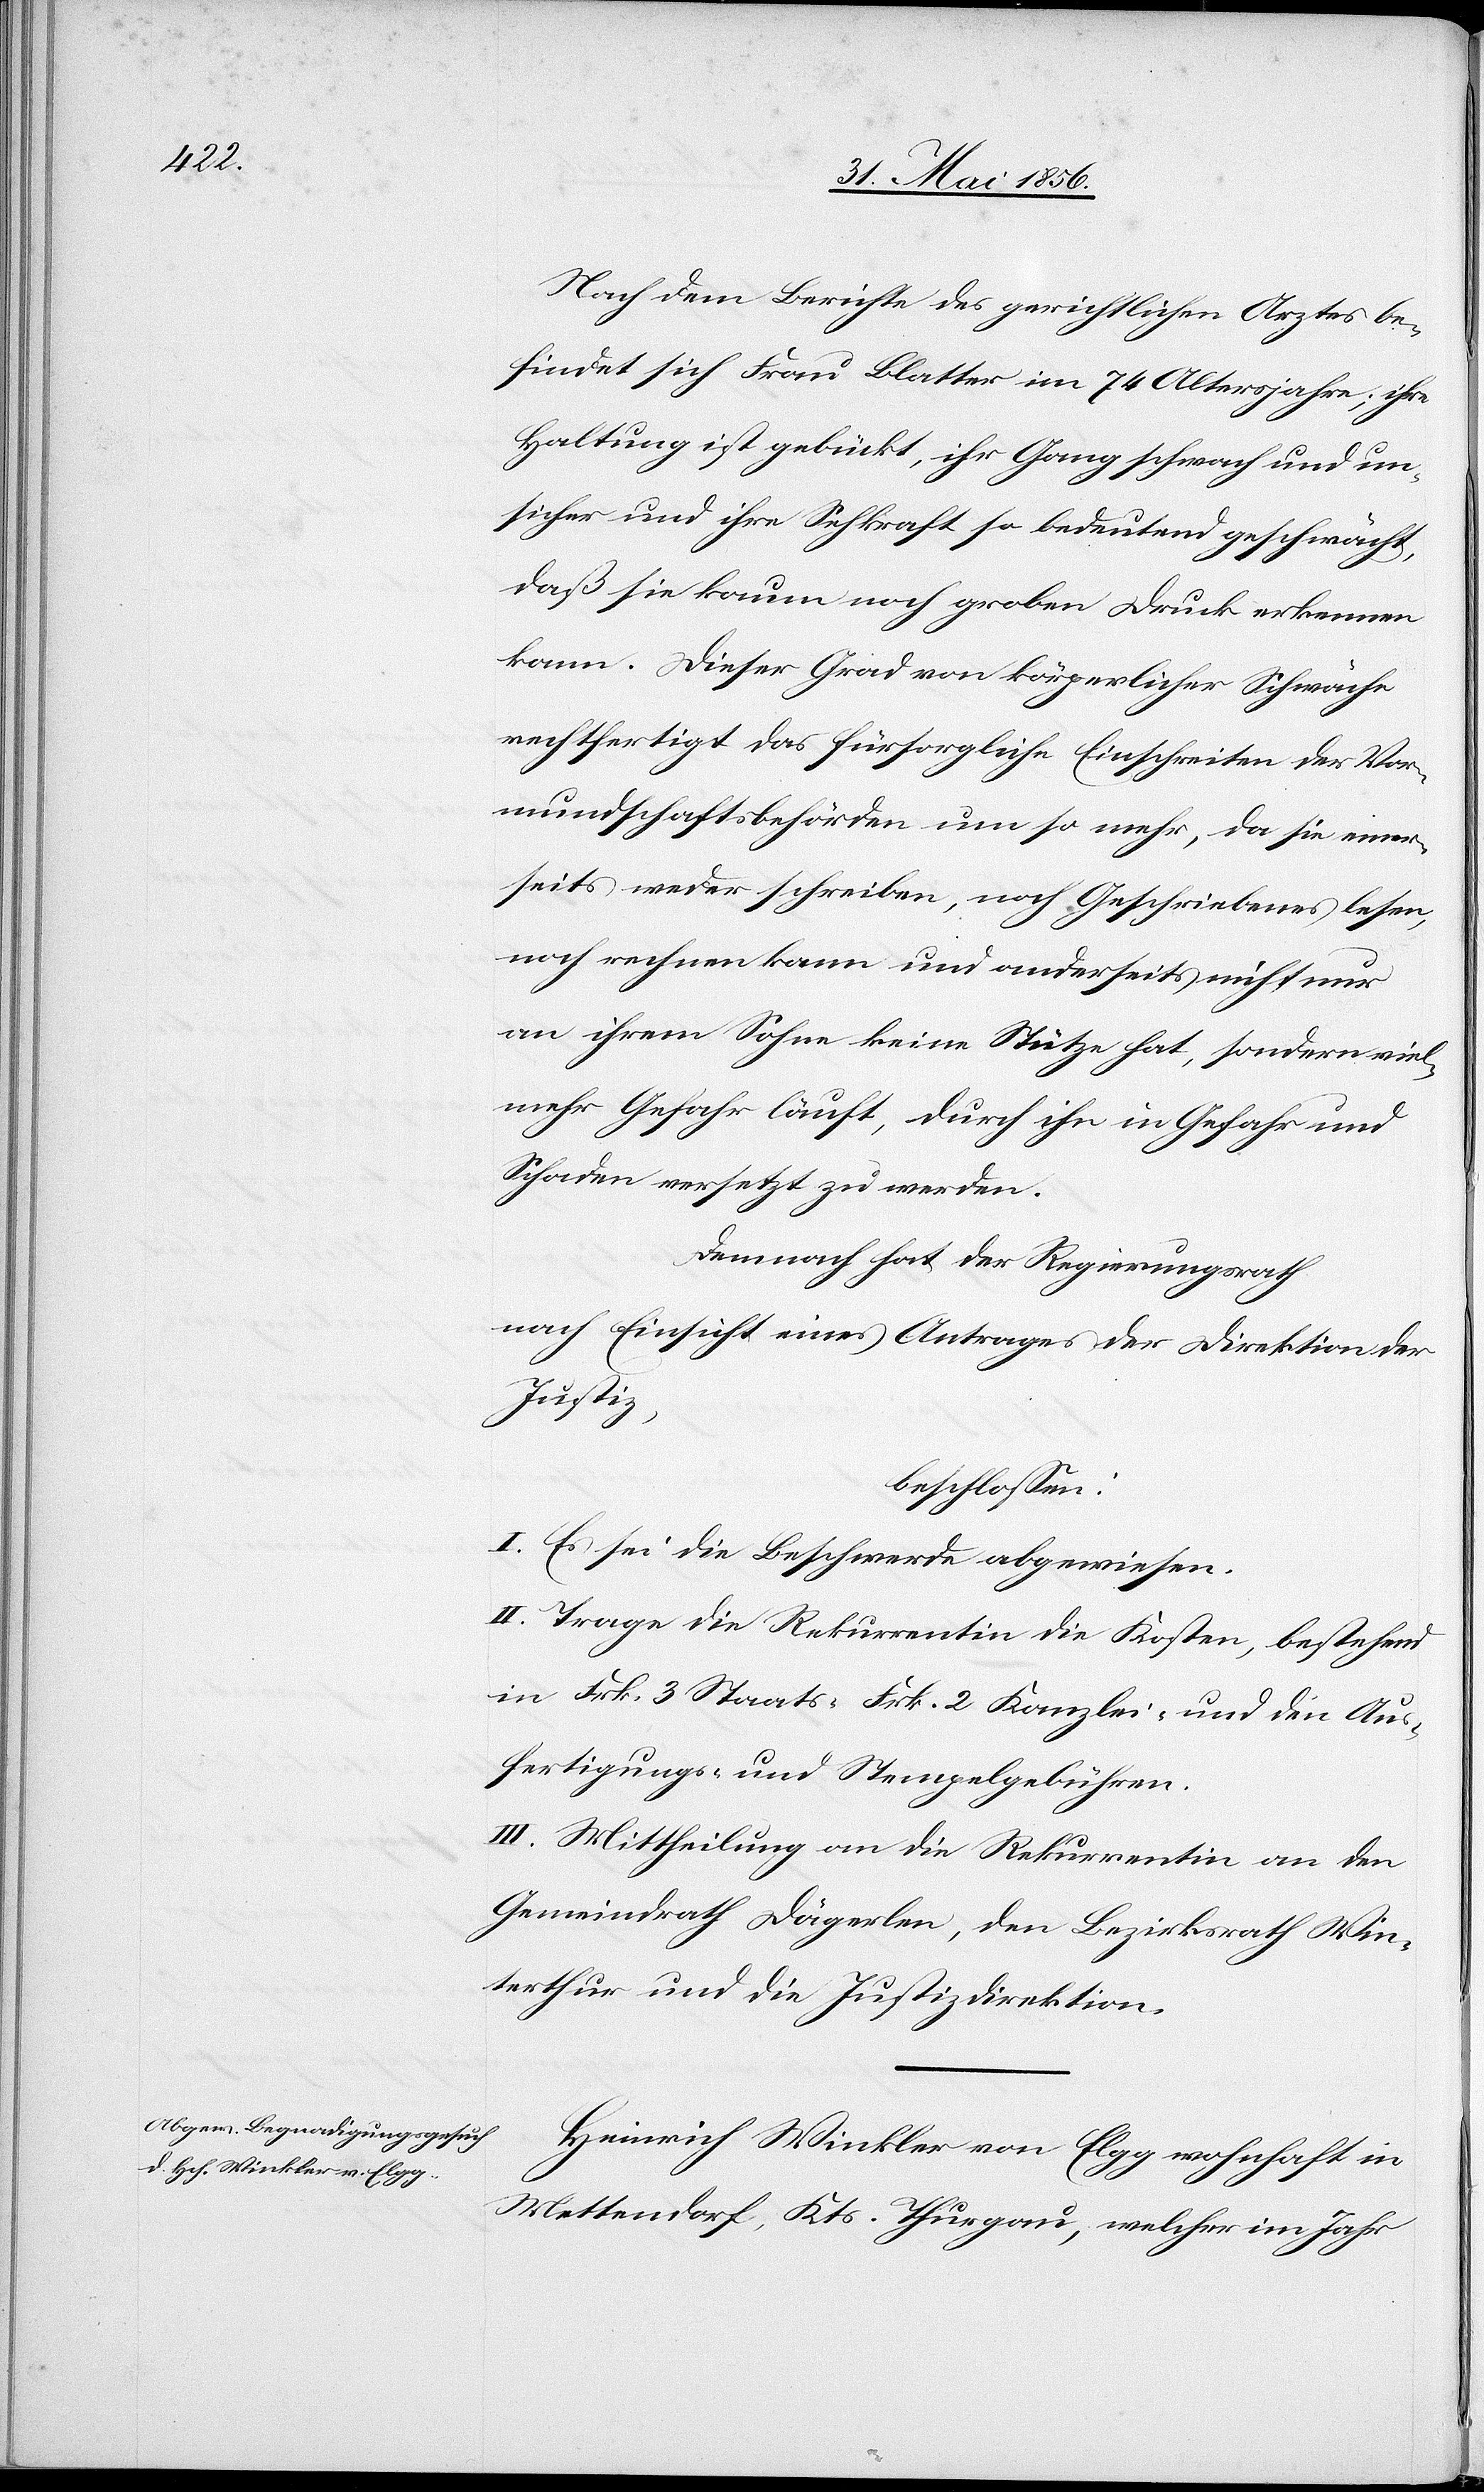
Nach dem Berichte des gerichtlichen Arztes be¬
findet sich Frau Blatter im 74 Altersjahre; ihre
Haltung ist gebückt, ihr Gang schwach und un¬
sicher und ihre Sehkraft so bedeutend geschwächt,
daß sie kaum noch groben Druck erkennen
kann. Dieser Grad von körperlicher Schwäche
rechtfertigt das fürsorgliche Einschreiten der Vor¬
mundschaftsbehörden um so mehr, da sie einer¬
seits weder schreiben, noch Geschriebenes lesen,
noch rechnen kann und anderseits nicht nur
an ihrem Sohne keine Stütze hat, sondern viel¬
mehr Gefahr läuft, durch ihn in Gefahr und
Schaden versetzt zu werden.
Demnach hat der Regierungsrath
nach Einsicht eines Antrages der Direktion der
Justiz,
beschlossen:
I. Es sei die Beschwerde abgewiesen.
II. Trage die Rekurrentin die Kosten, bestehend
in Frk. 3 Staats-[,] Frk. 2 Kanzlei- und den Aus¬
fertigungs- und Stempelgebühren.
III. Mittheilung an die Rekurrentin[,] an den
Gemeindrath Dägerlen, den Bezirksrath Win¬
terthur und die Justizdirektion.
Heinrich Winkler von Elgg wohnhaft in
Mettendorf, Kts. Thurgau, welcher im Jahr